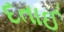
દતાઈ